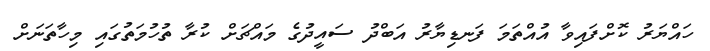
ހައްޔަރު ކޮށްފައިވާ އުއްތަމަ ފަނޑިޔާރު އަބްދު ސައީދުގެ މައްޗަށް ކުރާ ތުހުމަތުގައި މިހާތަނަށް